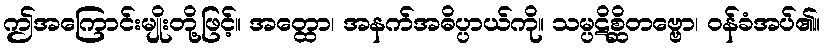
ဤအကြောင်းမျိုးတို့ဖြင့်။ အတ္ထော၊ အနက်အဓိပ္ပာယ်ကို။ သမ္ပဋိစ္ဆိတဗ္ဗော၊ ဝန်ခံအပ်၏။